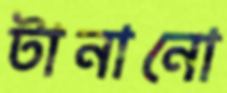
টানানো